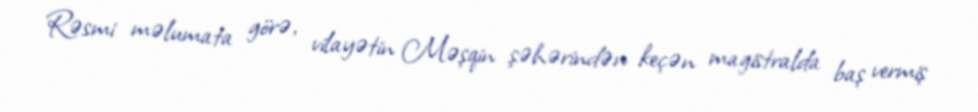
Rəsmi məlumata görə, vilayətin Məşqin şəhərindən keçən magistralda baş vermiş